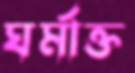
ঘর্মাক্ত